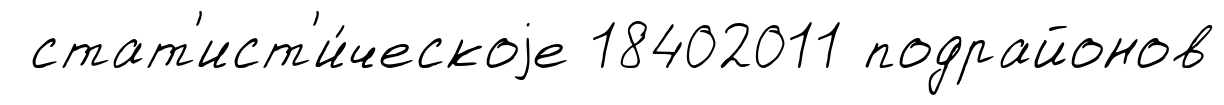
стат'ист'и́ческоjе 18402011 подрайонов